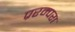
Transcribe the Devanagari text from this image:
प्ररम्परा